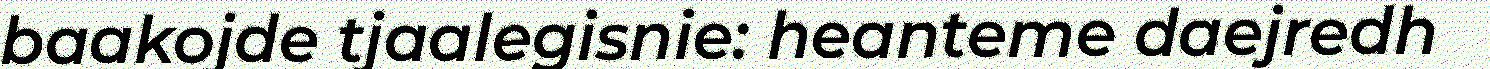
baakojde tjaalegisnie: heanteme daejredh